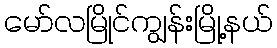
မော်လမြိုင်ကျွန်းမြို့နယ်